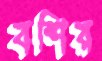
বশির